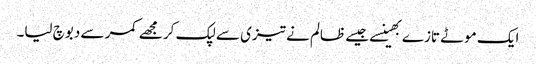
ایک موٹے تازے بھینسے جیسے ظالم نے تیزی سے لپک کر مجھے کمر سے دبوچ لیا۔